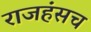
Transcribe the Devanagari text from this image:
राजहंसच